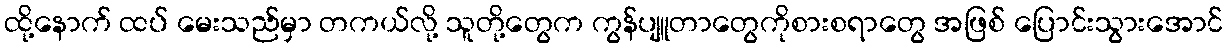
ထို့နောက် ထပ် မေးသည်မှာ တကယ်လို့ သူတို့တွေက ကွန်ပျူတာတွေကိုစားစရာတွေ အဖြစ် ပြောင်းသွားအောင်